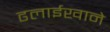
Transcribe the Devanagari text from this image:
ढलाईखाने